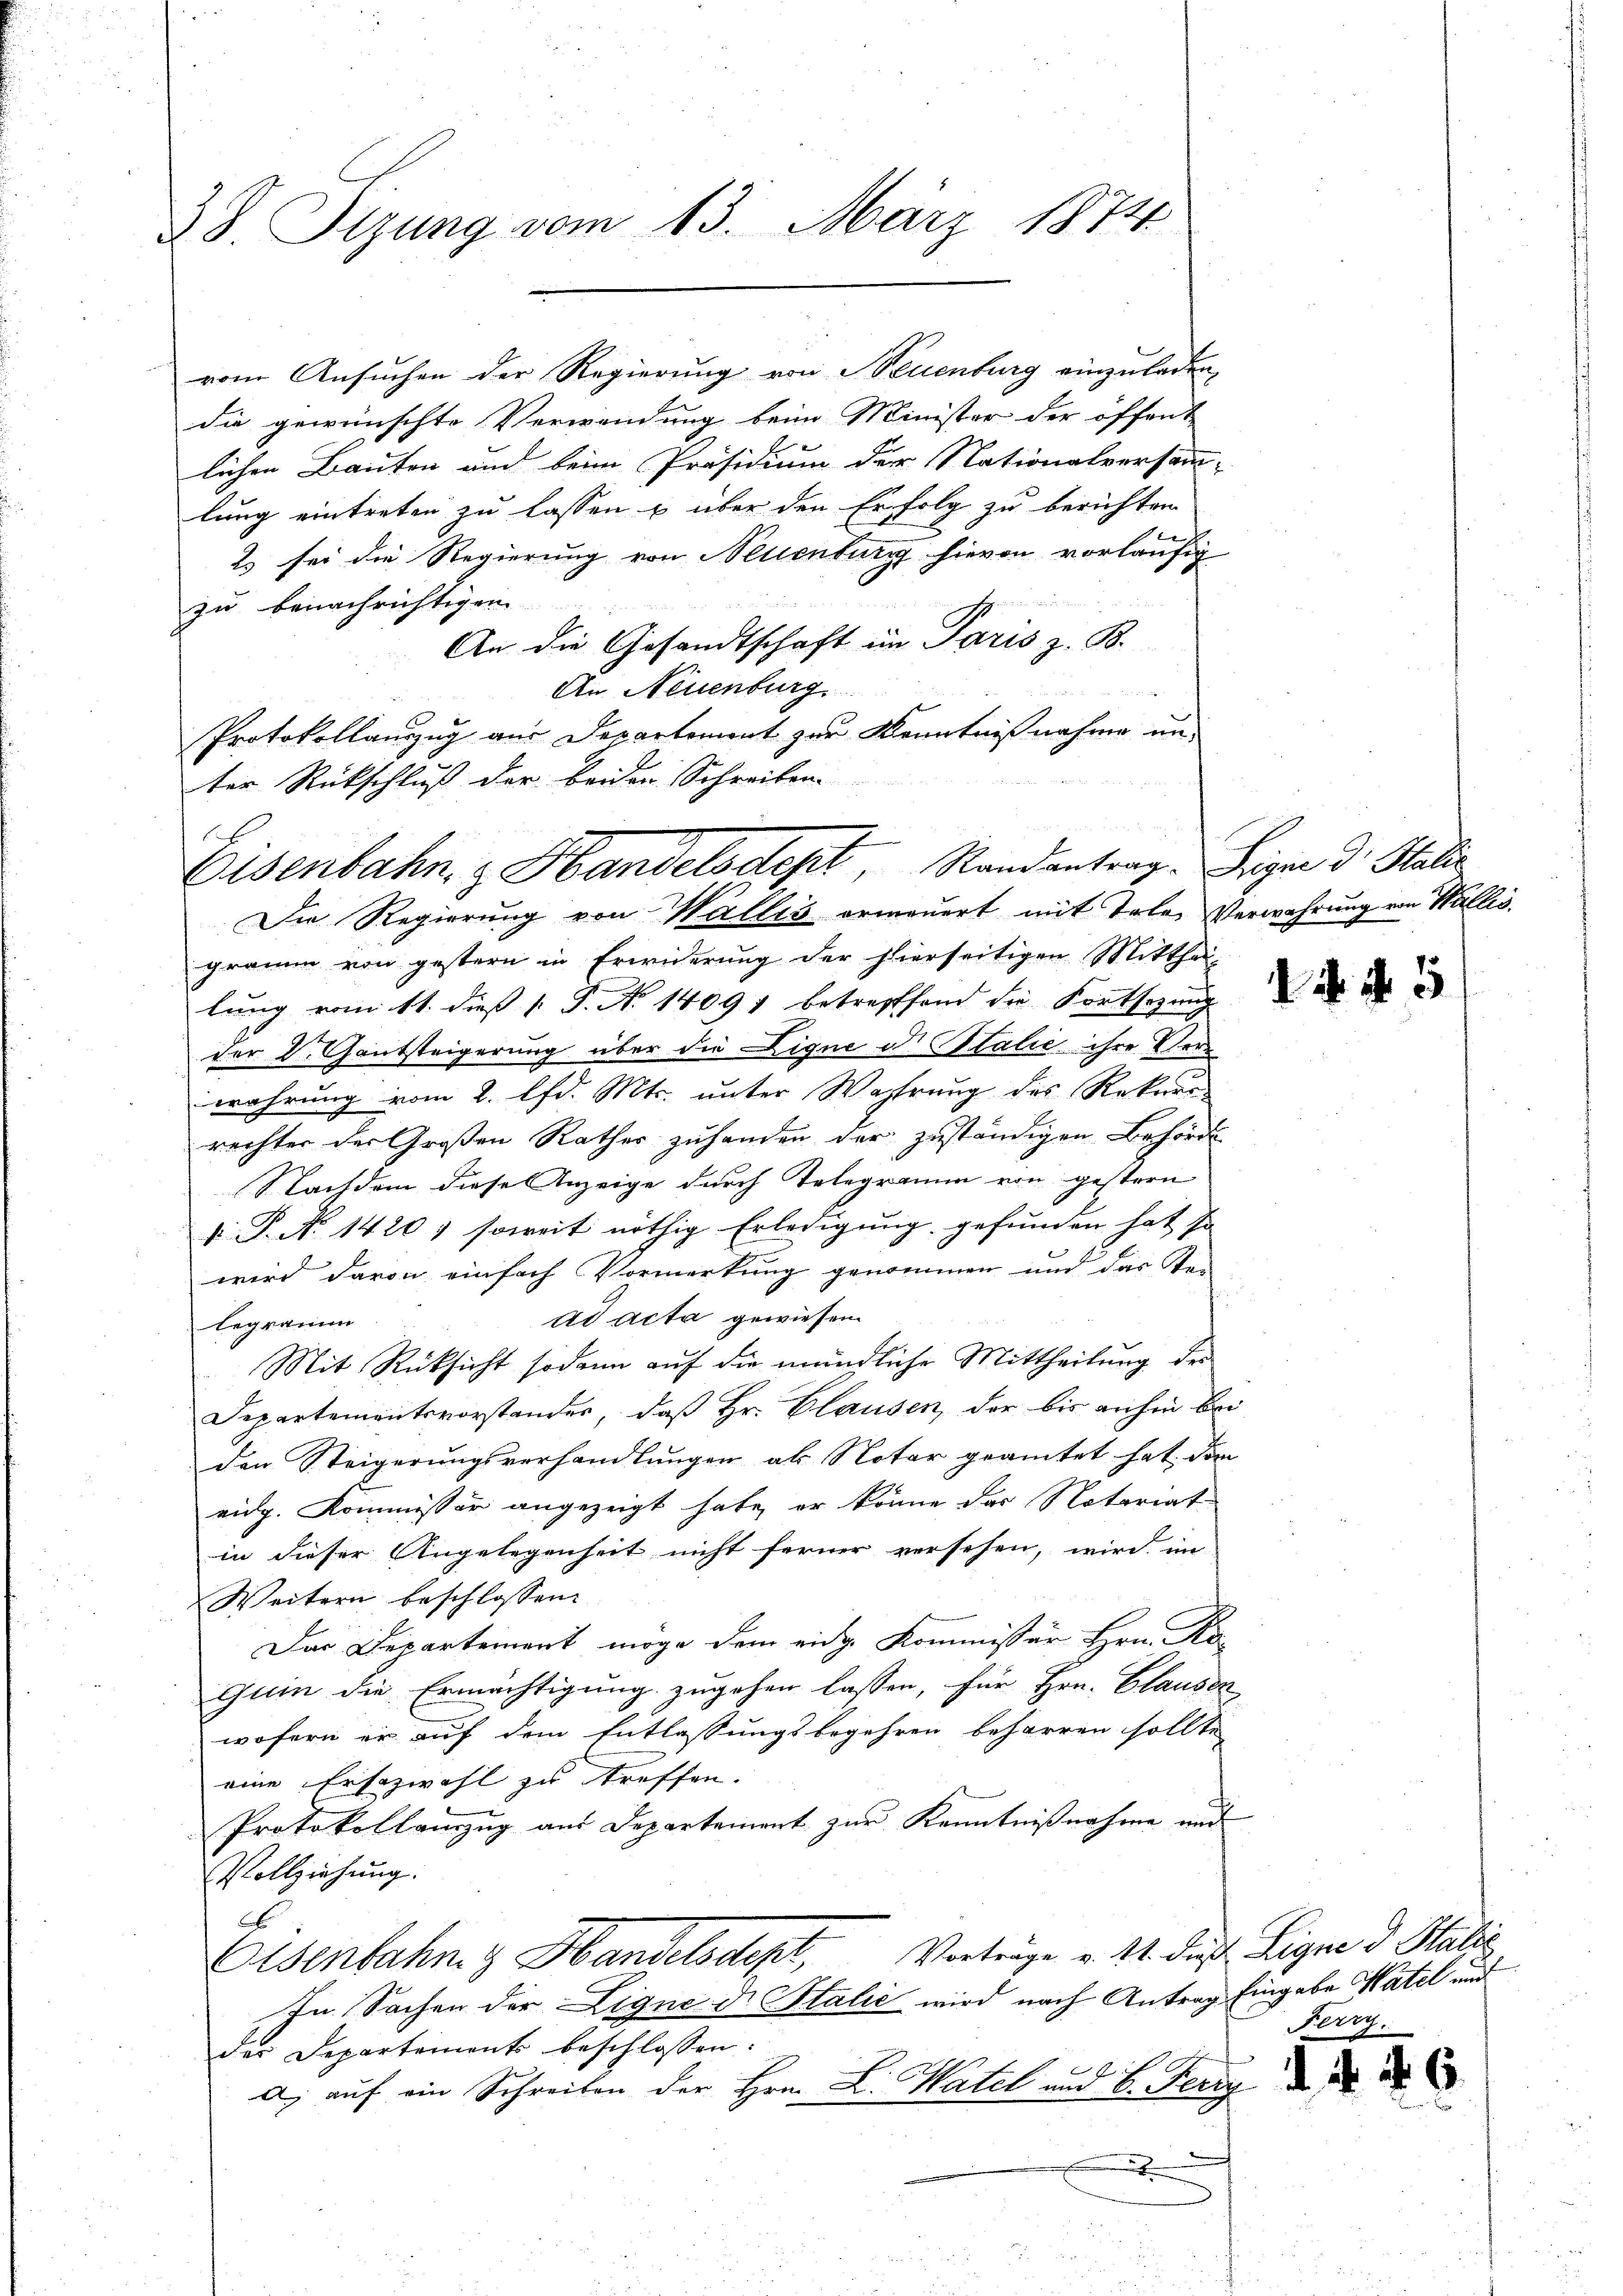
28 Sizung vom 13. März 1874

die gewünschte Verwendung beim Minister der öffent
lichen Bauten und beim Präsidium der Nationalversamm-
lung eintreten zu lassen u über den Erfolg zu berichten
der
2 sei die Regierung von Altenburg hievon vorläufig
zu benachrichtigen
An die Gesandtschaft im Paris z. B.
An Neuenburg
Protokollauszug aus Departement zur Kenntnißnahme un-
ter Rückschluß der beiden Schreiben

vom Ansuchen der Regierung von Neuenburg einzuladen,

Eisenbahn, z. Handelsdept, Randantrag.
Die Regierung von Wallis ermauert mit Teler Verwahrung von Wallis.

legramm

men

gramm von gestern in Erwiderung der hierseitigen Mitthei-
lung vom 11. dieß P. No 14091 betreffend die Fortsezung
der L. Gantsteigerung über die Ligne d. Stalić ihre Ver
wahrung vom 2. lfd. Mts. unter Wahrung des Rekurr
rechter der Großen Rathes zuhanden der zuständigen Behörde
Nachdem diese Anzeige durch Telegramm von gestern
v. P. No. 1420) soweit nöthig Erledigung gefunden hat in
wird davon einfach Vormerkung genommen und das Se-
ad acta gewiesen
Mit Rücksicht sodann auf die mündliche Mittheilung der
Departementsvorstandes, daß Hr. Clausen, der bis anhin bri
den Steigerungsverhandlungen als Notar geamtet hat den
eidg. Kommissor angezeigt habe, er könne das Notariat
in dieser Angelegenheit nicht ferner versehen, wird im
Weitern beschlossen:
Das Departement möge dem eidg. Kommissär Hrn. Ko
guin die Ermächtigung zugehen lassen, für Hrn. Clausen
wofern er auf dem Entlassungsbegehren beharren sollte
eine Ersazwahl zu treffen.
Protokollauszug aus Departement zur Kenntnißnahme und
Vollziehung.
Vorträge v. 11. dieß Ligne d. Statte
Eisenbahn & Handelsdept,
In Sachen der Ligne di talić wird nach Antrag Eingabe Watel und
der Departements beschlossen:
A. auf ein Schreiben der Hrn. C. Watel und 6. Ferry
n

Segne d. Stalis

d. d. d. 5

Karz.

d. d. d. 6.